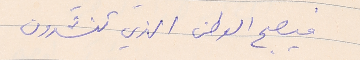
فيصبح الوطن الذي تنشدون